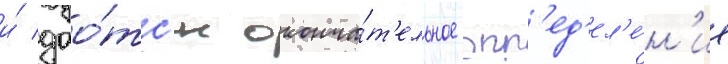
и́ дао́тс'я оконча́т'ельное опр'ед'ел'е́н'ие